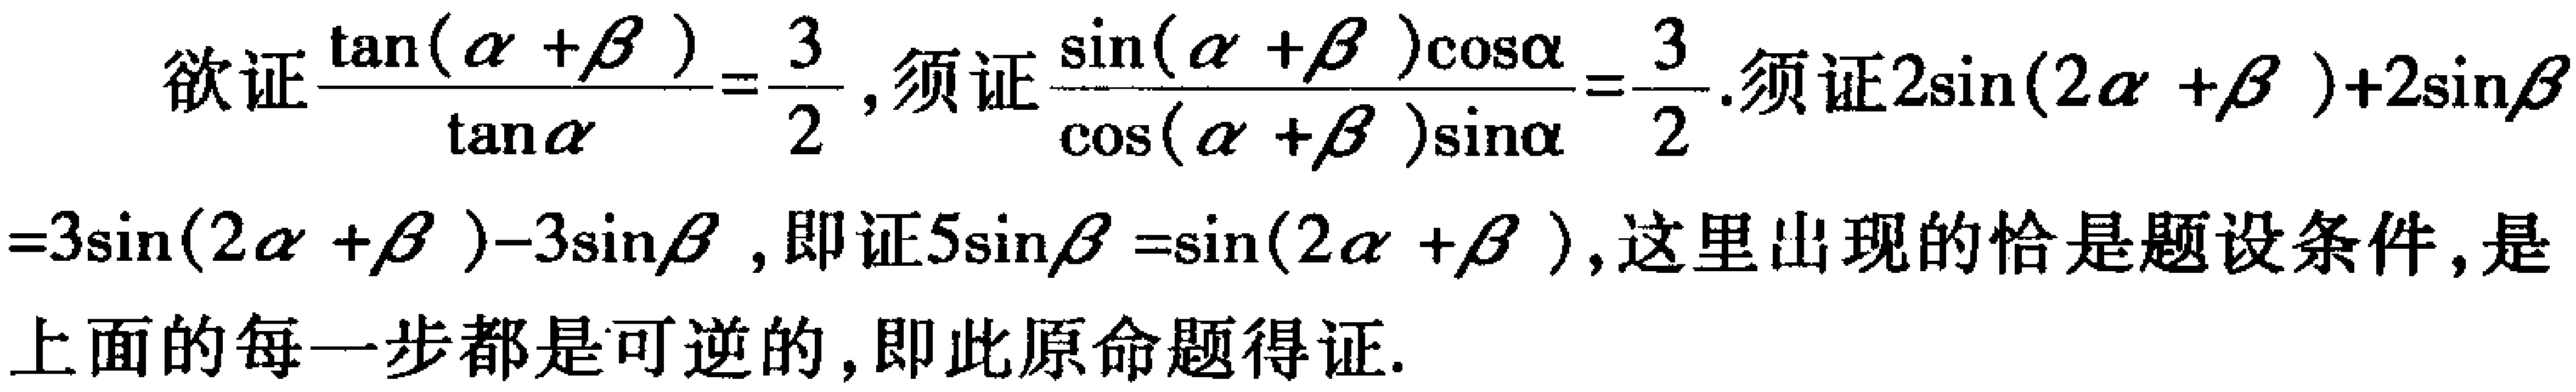
欲证$\frac{\tan(\alpha +\beta )}{\tan\alpha}=\frac{3}{2}$，须证$\frac{\sin(\alpha +\beta )\cos\alpha}{\cos(\alpha +\beta )\sin\alpha}=\frac{3}{2}$.须证$2\sin(2\alpha +\beta ) + 2\sin\beta$

$=3\sin(2\alpha +\beta ) - 3\sin\beta$，即证$5\sin\beta=\sin(2\alpha +\beta )$，这里出现的恰是题设条件，是

上面的每一步都是可逆的，即此原命题得证.